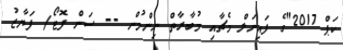
ކަޕް 2017"ގެ ފައިނަލް މެޗާއި މުބާރާތް ނިންމުން -- ސަން ފޮޓޯ/ ފަޔާޒު